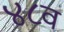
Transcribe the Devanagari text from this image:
४८व